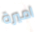
اميرة